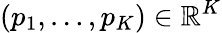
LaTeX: (p_{1},\dots,p_{K})\in\mathbb{R}^{K}